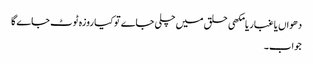
دھواں یا غبار یا مکھی حلق میں چلی جاے تو کیا روزہ ٹوٹ جاے گا
جواب۔